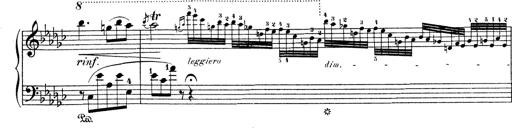
Title: 6 Polish Songs
Composer: Franz Liszt